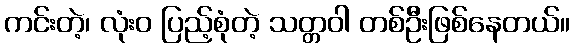
ကင်းတဲ့၊ လုံးဝ ပြည့်စုံတဲ့ သတ္တဝါ တစ်ဦးဖြစ်နေတယ်။